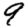
Digit: 9